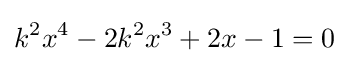
k^{2}x^{4}-2k^{2}x^{3}+2x-1=0